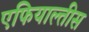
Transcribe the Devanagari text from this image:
एफियाल्तीस